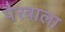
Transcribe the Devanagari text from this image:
पैरवाला